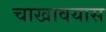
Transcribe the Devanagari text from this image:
चाखावयास